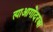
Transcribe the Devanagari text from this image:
त्याआगोदरचा